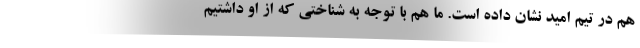
هم در تیم امید نشان داده است. ما هم با توجه به شناختی که از او داشتیم